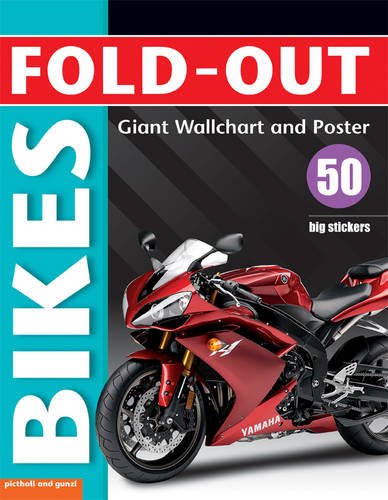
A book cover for Fold-out Bikes, plus 50 big stickers, Giant Wall Chart & Poster. (Fold-Out Poster Sticker Books); Paul Calver; Children's Books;